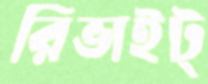
রিভাইট্